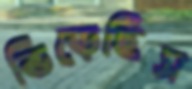
ভিড়েছিস